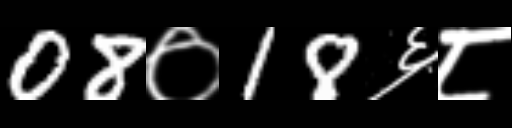
Text: 08०18६८